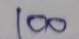
100